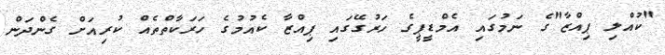
"ކުއްލި ޕިއްޒާ"ގެ ނަމުގައި އެމްޑީޕީގެ ހަރުގޭގައި ޕިއްޒާ ކެއުމުގެ ހަރަކާތްތެއް ކުރިއަށް ގެންދަން